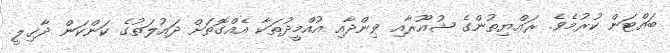
ބައްޓަން ކުރުމެވެ. ރައްޔިތުންގެ ޝުއޫރާއި ވިންދާއި އުއްމީދުތަކާ އެއްގޮތަށް ދައުލަތުގެ ކަންކަން ދާޚިލީ